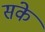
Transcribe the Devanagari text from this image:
संके